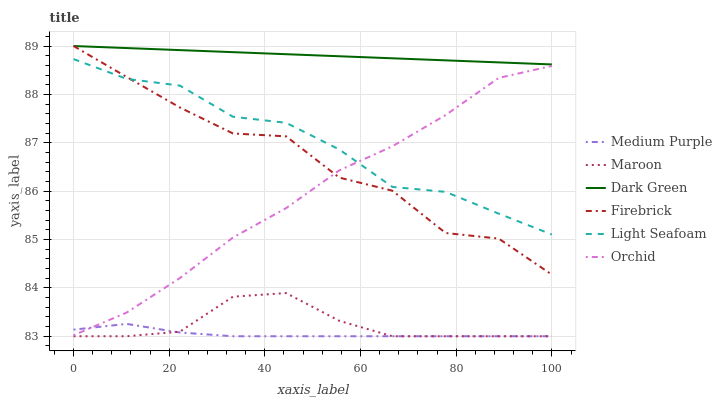
| xaxis_label | Medium Purple | Maroon | Dark Green | Firebrick | Light Seafoam | Orchid |
 | --- | --- | --- | --- | --- | --- | --- |
 | 0 | 83.1 | 83 | 89 | 89 | 88.7 | 83 |
 | 11.1 | 83.3 | 83 | 89 | 88.4 | 88.3 | 83.5 |
 | 22.2 | 83.1 | 83.1 | 88.9 | 87.7 | 88.2 | 84.2 |
 | 33.3 | 83 | 83.8 | 88.9 | 87.2 | 87.5 | 85 |
 | 44.4 | 83 | 83.9 | 88.8 | 87.1 | 87.4 | 85.6 |
 | 55.6 | 83 | 83.3 | 88.8 | 86.3 | 86.9 | 86.4 |
 | 66.7 | 83 | 83 | 88.7 | 86 | 86.1 | 86.9 |
 | 77.8 | 83 | 83 | 88.7 | 85.1 | 86 | 87.6 |
 | 88.9 | 83 | 83 | 88.7 | 85 | 85.5 | 88.3 |
 | 100 | 83 | 83 | 88.6 | 84.3 | 85.1 | 88.6 |